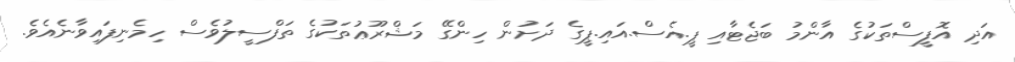
އަދި އޮފީސްތަކުގެ އާންމު ބަޖެޓާއި ޕީ.އެސް.އައި.ޕީގެ ދަށުން ހިންގޭ މަޝްރޫޢުތަކުގެ ތަފްސީލުވެސް ހިމެނިފައިވާނެއެވެ.